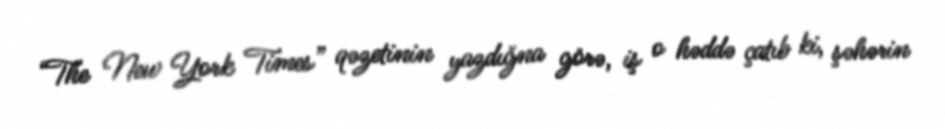
“The New York Times” qəzetinin yazdığna görə, iş o həddə çatıb ki, şəhərin